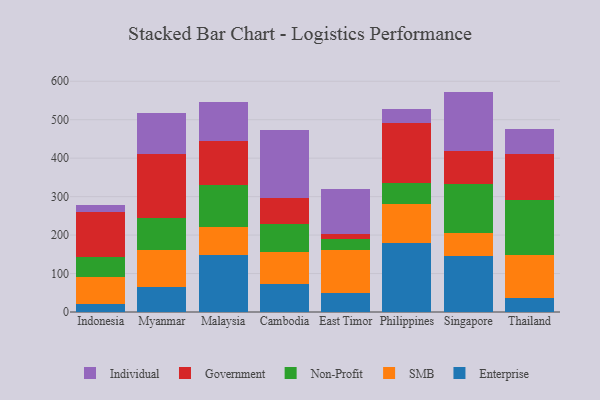
{"axis": {"x": "Country", "y": "Headcount"}, "legend": ["Enterprise", "Government", "Individual", "Non-Profit", "SMB"], "data": [{"x": "Indonesia", "y": 21.8, "type": "Enterprise"}, {"x": "Indonesia", "y": 70.1, "type": "SMB"}, {"x": "Indonesia", "y": 51.4, "type": "Non-Profit"}, {"x": "Indonesia", "y": 116.5, "type": "Government"}, {"x": "Indonesia", "y": 18.7, "type": "Individual"}, {"x": "Myanmar", "y": 65.5, "type": "Enterprise"}, {"x": "Myanmar", "y": 95.7, "type": "SMB"}, {"x": "Myanmar", "y": 83.0, "type": "Non-Profit"}, {"x": "Myanmar", "y": 166.0, "type": "Government"}, {"x": "Myanmar", "y": 106.1, "type": "Individual"}, {"x": "Malaysia", "y": 149.1, "type": "Enterprise"}, {"x": "Malaysia", "y": 72.5, "type": "SMB"}, {"x": "Malaysia", "y": 109.4, "type": "Non-Profit"}, {"x": "Malaysia", "y": 113.7, "type": "Government"}, {"x": "Malaysia", "y": 101.5, "type": "Individual"}, {"x": "Cambodia", "y": 72.0, "type": "Enterprise"}, {"x": "Cambodia", "y": 85.0, "type": "SMB"}, {"x": "Cambodia", "y": 71.4, "type": "Non-Profit"}, {"x": "Cambodia", "y": 68.7, "type": "Government"}, {"x": "Cambodia", "y": 175.3, "type": "Individual"}, {"x": "East Timor", "y": 50.5, "type": "Enterprise"}, {"x": "East Timor", "y": 111.3, "type": "SMB"}, {"x": "East Timor", "y": 29.0, "type": "Non-Profit"}, {"x": "East Timor", "y": 13.0, "type": "Government"}, {"x": "East Timor", "y": 115.6, "type": "Individual"}, {"x": "Philippines", "y": 178.2, "type": "Enterprise"}, {"x": "Philippines", "y": 103.5, "type": "SMB"}, {"x": "Philippines", "y": 54.5, "type": "Non-Profit"}, {"x": "Philippines", "y": 156.0, "type": "Government"}, {"x": "Philippines", "y": 35.6, "type": "Individual"}, {"x": "Singapore", "y": 144.5, "type": "Enterprise"}, {"x": "Singapore", "y": 60.4, "type": "SMB"}, {"x": "Singapore", "y": 127.8, "type": "Non-Profit"}, {"x": "Singapore", "y": 84.9, "type": "Government"}, {"x": "Singapore", "y": 155.5, "type": "Individual"}, {"x": "Thailand", "y": 36.3, "type": "Enterprise"}, {"x": "Thailand", "y": 112.1, "type": "SMB"}, {"x": "Thailand", "y": 143.6, "type": "Non-Profit"}, {"x": "Thailand", "y": 119.3, "type": "Government"}, {"x": "Thailand", "y": 64.6, "type": "Individual"}]}